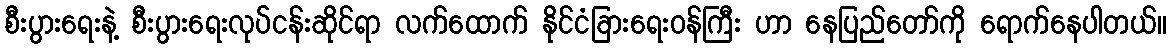
စီးပွားရေးနဲ့ စီးပွားရေးလုပ်ငန်းဆိုင်ရာ လက်ထောက် နိုင်ငံခြားရေးဝန်ကြီး ဟာ နေပြည်တော်ကို ရောက်နေပါတယ်။